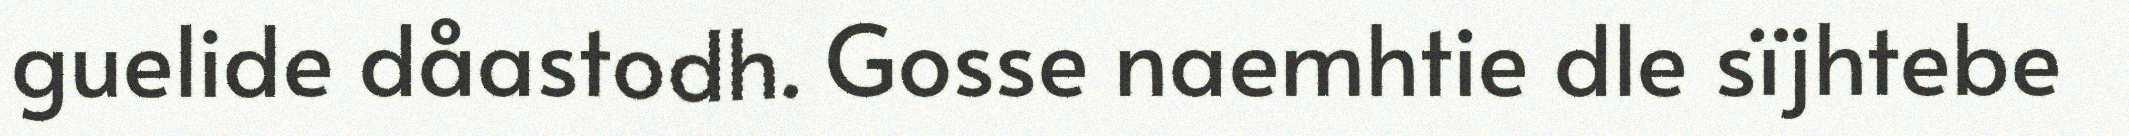
guelide dåastodh. Gosse naemhtie dle sïjhtebe